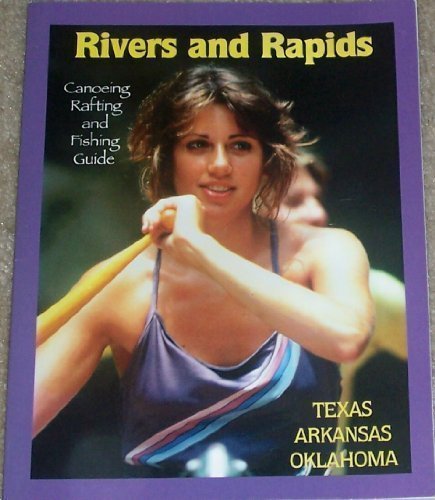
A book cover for Rivers and Rapids: Canoeing, Rafting and Fishing Guide; Texas, Arkansas and Oklahoma; Ben Nolen; Sports & Outdoors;